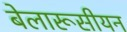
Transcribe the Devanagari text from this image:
बेलारूसीयन